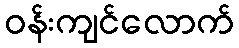
ဝန်းကျင်လောက်